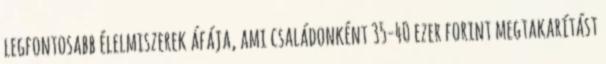
legfontosabb élelmiszerek áfája, ami családonként 35-40 ezer forint megtakarítást